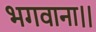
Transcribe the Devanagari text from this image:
भगवाना।।